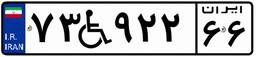
۷۳W۹۲۲۶۶